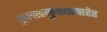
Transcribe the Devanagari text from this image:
कुलसमुच्चयाबाहेर